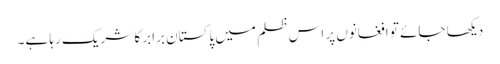
دیکھا جائے تو افغانوں پر اس ظلم میں پاکستان برابر کا شریک رہا ہے۔